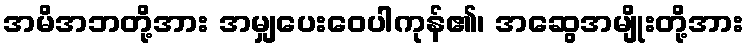
အမိအဘတို့အား အမျှပေးဝေပါကုန်၏၊ အဆွေအမျိုးတို့အား